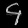
Digit: ၄